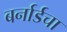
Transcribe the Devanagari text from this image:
बर्नार्डचा